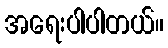
အရေးပါပါတယ်။